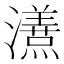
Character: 𭳦